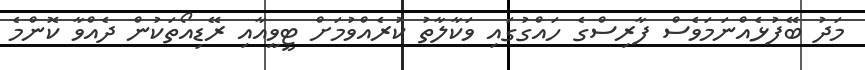
މަދު ބޭފުޅެއްނަމަވެސް ފާރިސްގެ ހައްގުގައި ވަކާލާތު ކުރެއްވުމަށް ޓީވީއާއި ރޭޑިއޯތަކުން ދެއްވާ ކޮންމެ